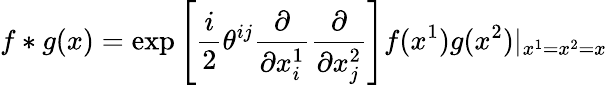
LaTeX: f*g(x)=\exp\left[\frac{i}{2}\theta^{ij}\frac{\partial}{\partial x_{i}^{1}}\frac{\partial}{\partial x_{j}^{2}}\right]f(x^{1})g(x^{2})|_{x^{1}=x^{2}=x}